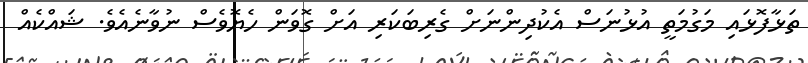
ތަޅާފޮޅައި މަގުމަތީ އުޅުނަސް އެކުދިންނަށް ގެރިބަކަރި އަށް ގޮވަން ހެޔޮވެސް ނުވާނެއެވެ. ޝައްކެއް